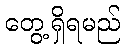
တွေ့ရှိရမည်